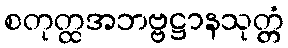
စတုတ္ထအဘဗ္ဗဋ္ဌာနသုတ္တံ